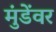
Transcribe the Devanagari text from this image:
मुंडेंवर